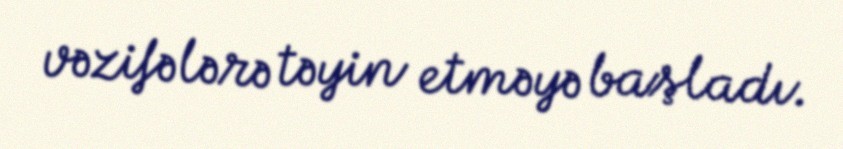
vəzifələrə təyin etməyə başladı.